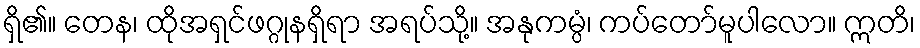
ရှိ၏။ တေန၊ ထိုအရှင်ဖဂ္ဂုနရှိရာ အရပ်သို့။ အနုကမ္ပံ၊ ကပ်တော်မူပါလော။ ဣတိ၊